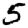
Digit: 5